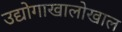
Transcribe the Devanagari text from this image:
उद्योगाखालोखाल